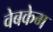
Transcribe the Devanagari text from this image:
वेबकेम